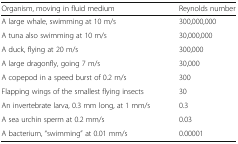
<table><thead><tr><td><b>Organism, moving in fluid medium</b></td><td><b>Reynolds number</b></td></tr></thead><tbody><tr><td>A large whale, swimming at 10 m/s</td><td>300,000,000</td></tr><tr><td>A tuna also swimming at 10 m/s</td><td>30,000,000</td></tr><tr><td>A duck, flying at 20 m/s</td><td>300,000</td></tr><tr><td>A large dragonfly, going 7 m/s</td><td>30,000</td></tr><tr><td>A copepod in a speed burst of 0.2 m/s</td><td>300</td></tr><tr><td>Flapping wings of the smallest flying insects</td><td>30</td></tr><tr><td>An invertebrate larva, 0.3 mm long, at 1 mm/s</td><td>0.3</td></tr><tr><td>A sea urchin sperm at 0.2 mm/s</td><td>0.03</td></tr><tr><td>A bacterium, “swimming” at 0.01 mm/s</td><td>0.00001</td></tr></tbody></table>